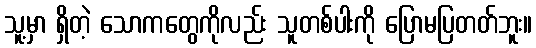
သူ့မှာ ရှိတဲ့ သောကတွေကိုလည်း သူတစ်ပါးကို ပြောမပြတတ်ဘူး။